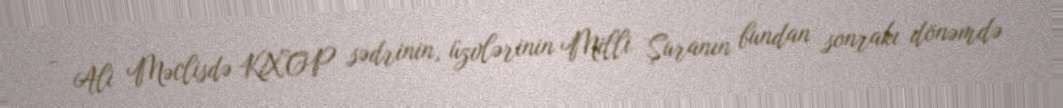
- Ali Məclisdə KXCP sədrinin, üzvlərinin Milli Şuranın bundan sonrakı dönəmdə